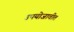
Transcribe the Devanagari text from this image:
उपयोजावीत